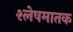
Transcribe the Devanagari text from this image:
श्लेषमातक